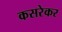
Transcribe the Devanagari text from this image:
कसरेकर